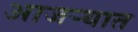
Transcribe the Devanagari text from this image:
आजऱ्यात